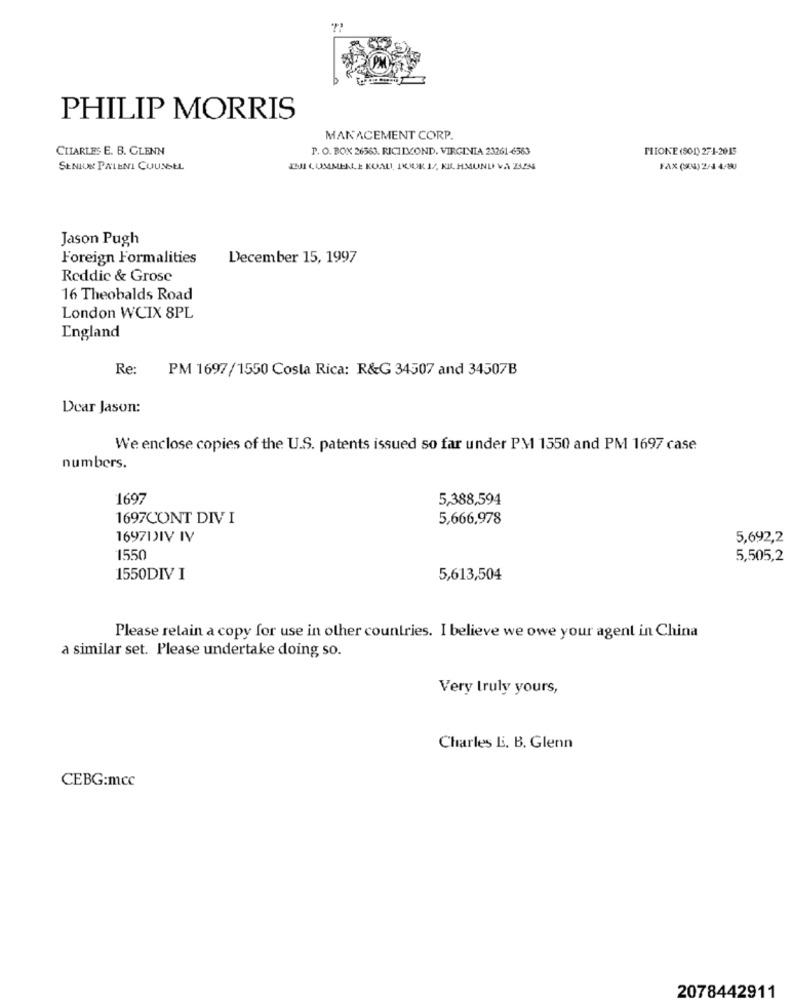
PHILIP MORRIS
MANACEMENT CORP.
CHARLES E. B. GLENN
P. O. BOX 26563. RICIIVOND. VIRGINIA 23261 -6563
MITONE (501) 27-1-2015
SENIOR PATENI COUNSEL
13JI COMMENLE KUALI, POUR 1/, KICHMUND VA ZIN
FAX (904) 2/4 4/80
Jason Pugh
Foreign Formalities
December 15, 1997
Reddic & Grose
16 Theobalds Road
London WCIX 8PL
England
Re:
PM 1697/1550 Costa Rica: R&G 34507 and 34507B
Dear Jason:
We enclose copies of the U.S. patents issued so far under PM 1550 and PM 1697 case
numbers.
1697
5,388,594
1697CONT DIV I
5,666,978
1697DIV IV
5,692,2
1550
5,505,2
1550DIV I
5,613,504
Please retain a copy for use in other countries. I believe we owe your agent in China
a similar set. Please undertake doing so.
Very truly yours,
Charles B. B. Glenn
CEBG:mcc
2078442911